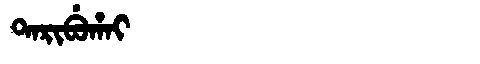
Manchu: ᡨᠠᡵᡳᠪᡠᡥᠠᡳ
Romanization: TARIBUHAI